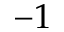
- 1